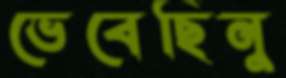
ভেবেছিনু